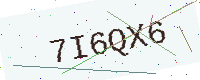
Text: 7I6QX6